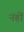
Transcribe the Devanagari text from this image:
नंहीं